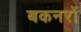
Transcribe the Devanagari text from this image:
बकनरों